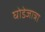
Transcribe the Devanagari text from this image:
घोडेजात्रा